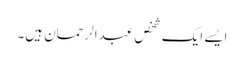
ایسے ایک شخص عبدالرحمان ہیں۔